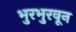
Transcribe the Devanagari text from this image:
भुरभुरवून